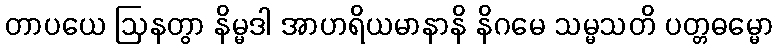
တာပယေ ဩနတွာ နိမ္မဒါ အာဟရိယမာနာနိ နိဂမေ သမ္မသတိ ပတ္တဓမ္မော